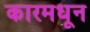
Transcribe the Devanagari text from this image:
कारमधून